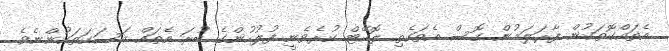
އެތައްގޮތަކުން ފާރަލަމުން ގޮސް އެތަކެތި ލޮކޭޓް ކުރެވެނީ ފުލުހުންގެ ބުރަ އެތައް މަސަކަތަކުންނެވެ.